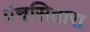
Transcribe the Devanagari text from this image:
पंचसितारा